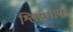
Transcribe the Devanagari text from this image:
श्लिष्टभाषा